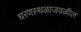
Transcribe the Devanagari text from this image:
धरणस्थळाजवळील